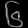
Digit: ၆